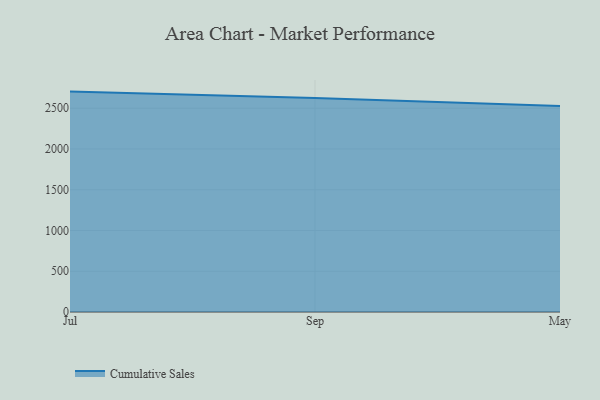
{"axis": {"x": "Month", "y": "Tickets Resolved"}, "legend": ["Cumulative Sales"], "data": [{"x": "Jul", "y": 2704.0, "type": "Cumulative Sales"}, {"x": "Sep", "y": 2625.6, "type": "Cumulative Sales"}, {"x": "May", "y": 2526.1, "type": "Cumulative Sales"}]}